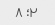
۲؛ ۸